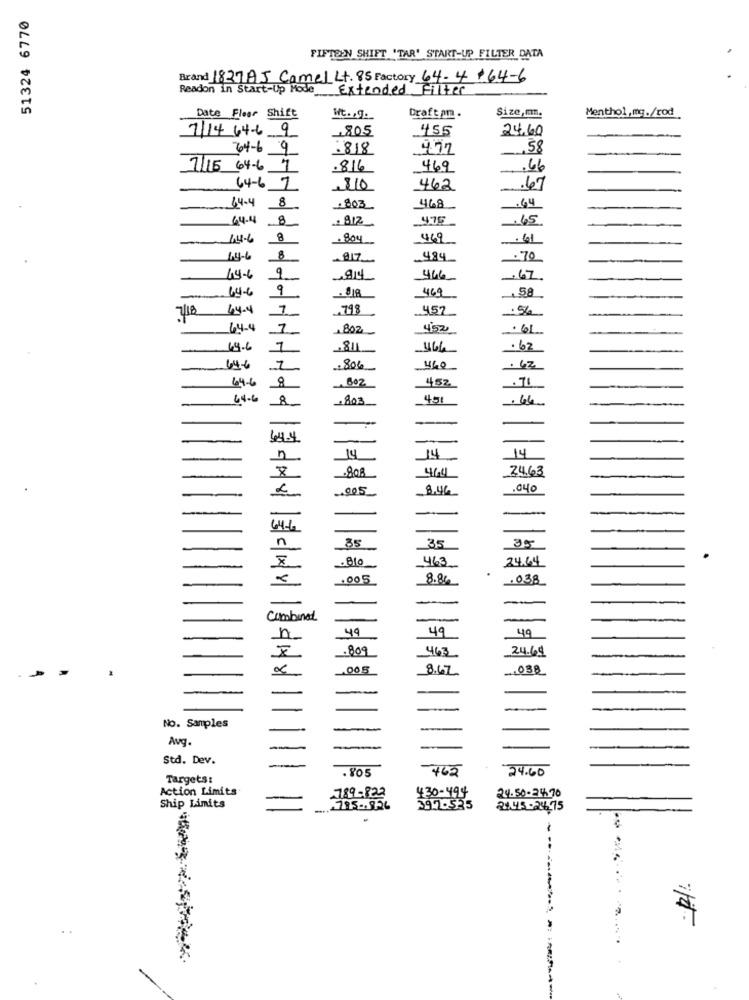
51324 6770
FIFTEEN SHIFT 'TAR' START-UP FILTER DATA
Brand 1827A5 Camel Lt. 85 Factory 64-4-64-6
Readon in Start-Up Mode Extended Filter
Size,m.
Menthol,mg./rod
Date Floor Shift
Wt ., 9.
Draft om .
7/14 64-6 9
455
24,60
64-6 9
.818
4.77
,58
7/15 64-6 7
816
469
.66
64-6 7
$10
462
.67
-
44-4 8
803
468
64
2812
475
65
44-4 -
-14-6
8
804
469
61
4-4-6
8
484
:70
14-6
9
914
466
-67
64-6
9
469
7/18 44-4
7
.798
_457
64-4
1
BOZ
4:52
61
69.6
7
811
466
.62
64-6
1
2806
460
. 62
64-6
8
452
.71
64-6
00
451
-66
64.4
-
-
14
14
14
808
24.63
464
8.46
.04c
-
64-6
85
35
35
463
24.64
1×8
. 00 5
8.86
. 0.38
-
Combinat
-
49
49
49
h-
.809
463
24.64
00 5
8.67
-. 038
-
No. Samples
-
-
Avg
-
Std. Dev.
.805
462
24.60
Targets:
Action Limits
24.50-24.70
-789 -822
430-499
397.525
Ship Limits
795 -. 976
21.45-24.75